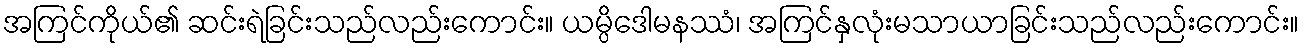
အကြင်ကိုယ်၏ ဆင်းရဲခြင်းသည်လည်းကောင်း။ ယမ္ပိဒေါမနဿံ၊ အကြင်နှလုံးမသာယာခြင်းသည်လည်းကောင်း။